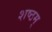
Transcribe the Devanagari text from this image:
शष्ठम्